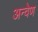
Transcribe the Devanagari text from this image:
अन्वेण